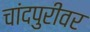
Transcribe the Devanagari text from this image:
चांदपुरीवर